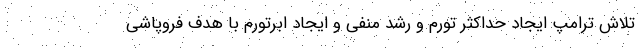
تلاش ترامپ ایجاد حداکثر تورم و رشد منفی و ایجاد ابرتورم با هدف فروپاشی